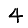
Digit: 4